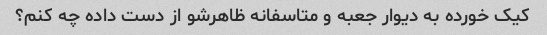
کیک خورده به دیوار جعبه و متاسفانه ظاهرشو از دست داده چه کنم؟